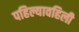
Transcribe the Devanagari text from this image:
पहिल्यावहिली